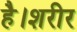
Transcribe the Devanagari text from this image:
है।शरीर